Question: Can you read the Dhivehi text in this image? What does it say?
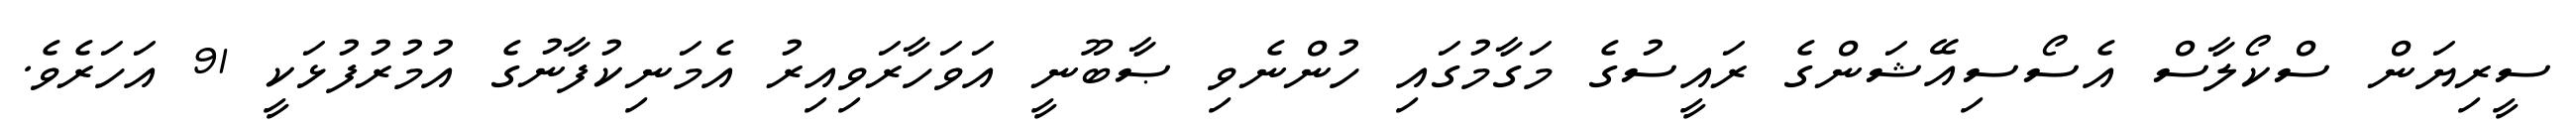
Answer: ސީރިޔަން ސްކޯލާސް އެސޯސިއޭޝަންގެ ރައީސުގެ މަގާމުގައި ހުންނެވި ޞާބޫނީ އަވަހާރަވިއިރު އެމަނިކުފާނުގެ އުމުރުފުޅަކީ 91 އަހަރެވެ.